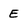
Character: e